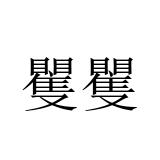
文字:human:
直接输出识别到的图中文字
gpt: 矍矍